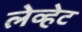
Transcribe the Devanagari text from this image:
लेव्हेट